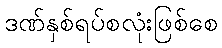
ဒဏ်နှစ်ရပ်စလုံးဖြစ်စေ